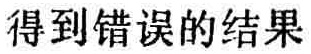
得到错误的结果